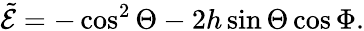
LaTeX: \tilde{\mathcal{E}}=-\cos^{2}\Theta-2h\sin\Theta\cos\Phi.